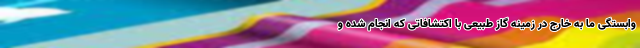
وابستگی ما به خارج در زمینه گاز طبیعی با اکتشافاتی که انجام شده و